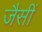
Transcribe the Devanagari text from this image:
जैसीं